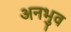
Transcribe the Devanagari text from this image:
अनभुव